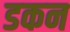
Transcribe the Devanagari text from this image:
डकन